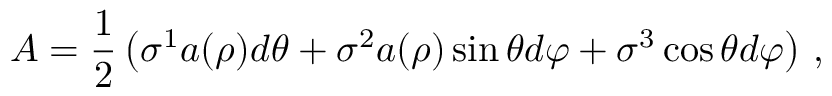
A = \frac { 1 } { 2 } \left( \sigma ^ { 1 } a ( \rho ) d \theta + \sigma ^ { 2 } a ( \rho ) \sin \theta d \varphi + \sigma ^ { 3 } \cos \theta d \varphi \right) \, ,